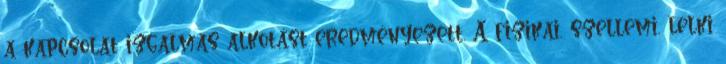
a kapcsolat izgalmas alkotást eredményezett. A fizikai, szellemi, lelki